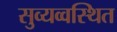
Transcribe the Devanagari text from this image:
सुव्यव्वस्थित